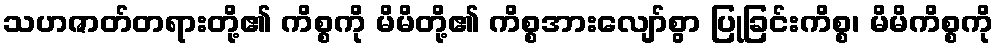
သဟဇာတ်တရားတို့၏ ကိစ္စကို မိမိတို့၏ ကိစ္စအားလျော်စွာ ပြုခြင်းကိစ္စ၊ မိမိကိစ္စကို